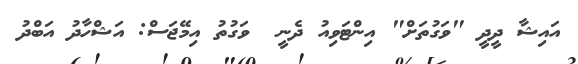
އައިޝާ ދީދީ "ވަގުތަށް" އިންޓަވިއު ދެނީ  ވަގުތު އިމޭޖަސް: އަޝްހާދު އަބްދު